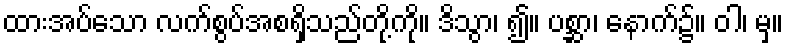
ထားအပ်သော လက်စွပ်အစရှိသည်တို့ကို။ ဒိသွာ၊ ၍။ ပစ္ဆာ၊ နောက်၌။ ဝါ၊ မှ။